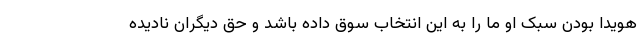
هویدا بودن سبک او ما را به این انتخاب سوق داده باشد و حق دیگران نادیده